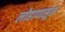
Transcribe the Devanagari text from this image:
लोहापासून